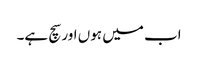
اب میں ہوں اور سچ ہے۔